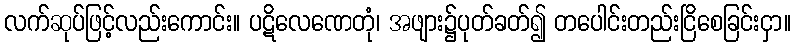
လက်ဆုပ်ဖြင့်လည်းကောင်း။ ပဋိလေဏေတုံ၊ အဖျား၌ပုတ်ခတ်၍ တပေါင်းတည်းငြိစေခြင်းငှာ။